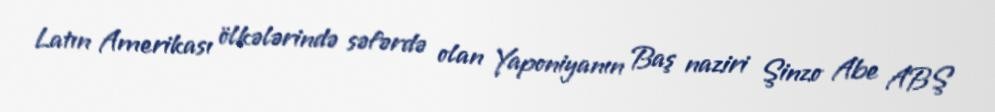
Latın Amerikası ölkələrində səfərdə olan Yaponiyanın Baş naziri Şinzo Abe ABŞ